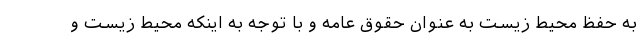
به حفظ محیط زیست به عنوان حقوق عامه و با توجه به اینکه محیط زیست و